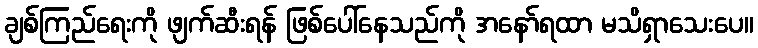
ချစ်ကြည်ရေးကို ဖျက်ဆီးရန် ဖြစ်ပေါ်နေသည်ကို အနော်ရထာ မသိရှာသေးပေ။